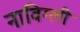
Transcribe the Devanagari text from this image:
नाविग्ली